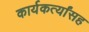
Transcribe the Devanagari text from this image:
कार्यकर्त्यांसह